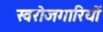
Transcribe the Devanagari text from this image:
स्वरोजगारियों